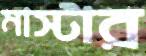
মাস্টার